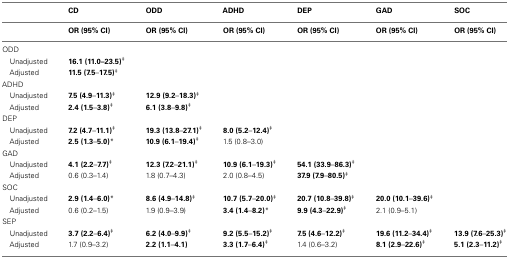
|  | CD | ODD | ADHD | DEP | GAD | SOC |
 |  | OR (95% CI) | OR (95% CI) | OR (95% CI) | OR (95% CI) | OR (95% CI) | OR (95% CI) |
 | --- | --- | --- | --- | --- | --- | --- |
 | <COLSPAN=7> ODD |
 | Unadjusted | 16.1 (11.0–23.5)‡ |  |  |  |  |  |
 | Adjusted | 11.5 (7.5–17.5)‡ |  |  |  |  |  |
 | ADHD |
 | Unadjusted | 7.5 (4.9–11.3)‡ | 12.9 (9.2–18.3)‡ |  |  |  |  |
 | Adjusted | 2.4 (1.5–3.8)‡ | 6.1 (3.8–9.8)‡ |  |  |  |  |
 | DEP |
 | Unadjusted | 7.2 (4.7–11.1)‡ | 19.3 (13.8–27.1)‡ | 8.0 (5.2–12.4)‡ |  |  |  |
 | Adjusted | 2.5 (1.3–5.0)* | 10.9 (6.1–19.4)‡ | 1.5 (0.8–3.0) |  |  |  |
 | GAD |
 | Unadjusted | 4.1 (2.2–7.7)‡ | 12.3 (7.2–21.1)‡ | 10.9 (6.1–19.3)‡ | 54.1 (33.9–86.3)‡ |  |  |
 | Adjusted | 0.6 (0.3–1.4) | 1.8 (0.7–4.3) | 2.0 (0.8–4.5) | 37.9 (7.9–80.5)‡ |  |  |
 | SOC |
 | Unadjusted | 2.9 (1.4–6.0)* | 8.6 (4.9–14.8)‡ | 10.7 (5.7–20.0)‡ | 20.7 (10.8–39.8)‡ | 20.0 (10.1–39.6)‡ |  |
 | Adjusted | 0.6 (0.2–1.5) | 1.9 (0.9–3.9) | 3.4 (1.4–8.2)* | 9.9 (4.3–22.9)‡ | 2.1 (0.9–5.1) |  |
 | SEP |
 | Unadjusted | 3.7 (2.2–6.4)‡ | 6.2 (4.0–9.9)‡ | 9.2 (5.5–15.2)‡ | 7.5 (4.6–12.2)‡ | 19.6 (11.2–34.4)‡ | 13.9 (7.6–25.3)‡ |
 | Adjusted | 1.7 (0.9–3.2) | 2.2 (1.1–4.1) | 3.3 (1.7–6.4)‡ | 1.4 (0.6–3.2) | 8.1 (2.9–22.6)‡ | 5.1 (2.3–11.2)‡ |